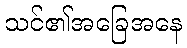
သင်၏အခြေအနေ